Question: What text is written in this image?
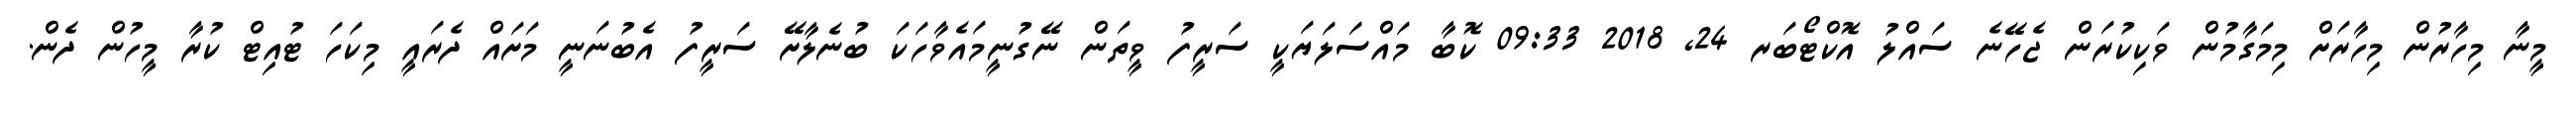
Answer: މީނާ މިހާރުން މިހާރަށް މިމަގާމުން ވަކިކުރަން ޖެހޭނެ ސައްލު އޮކްޓޯބަރ 24, 2018 09:33 ކޮބާ މައްސަލަޔަކީ ސަރީފު ވީތަން ނޭގުނީމައެވާހަކަ ބުނެލާށޭ ސަރީފު އެބުނަނީ މަށައް ދެރައީ މިކަހަ ޓުއިޓް ކުރާ މީހުން ދެން.